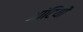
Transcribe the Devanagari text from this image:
आंटियों